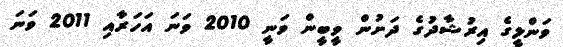
ވަންލީގެ އިރުޝާދުގެ ދަށުން ވީބީން ވަނީ 2010 ވަނަ އަހަރާއި 2011 ވަނަ